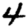
Digit: 4